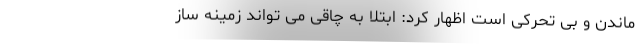
ماندن و بی تحرکی است اظهار کرد: ابتلا به چاقی می تواند زمینه ساز